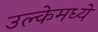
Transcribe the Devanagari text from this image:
उल्केमध्ये